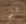
لو